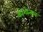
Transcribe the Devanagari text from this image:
कोशोत्सव